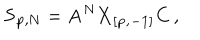
{ \bf S _ { p , N } } = { \bf A } ^ { N } { \bf X _ { [ p , - 1 ] } C } \, ,